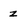
Character: z